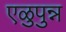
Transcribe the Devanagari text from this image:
एळुपुन्न